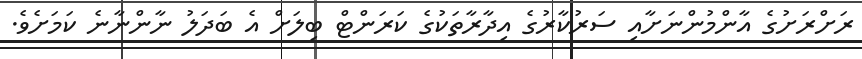
ރަށްރަށުގެ އާންމުންނަށާއި ސަރުކާރުގެ އިދާރާތަކުގެ ކަރަންޓް ބިލަށް އެ ބަދަލު ނާންނާނެ ކަމަށެވެ.